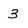
Character: 3